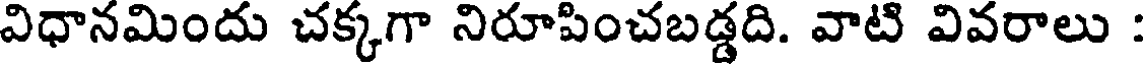
విధానమిందు చక్కగా నిరూపించబడ్డది. వాటి వివరాలు :